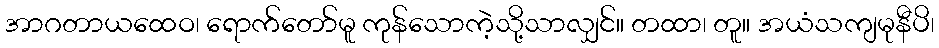
အာဂတာယထေဝ၊ ရောက်တော်မူ ကုန်သောကဲ့သို့သာလျှင်။ တထာ၊ တူ။ အယံသကျမုနီပိ၊